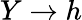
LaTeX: Y\rightarrow h